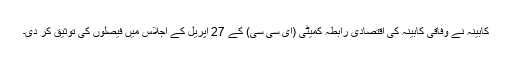
کابینہ نے وفاقی کابینہ کی اقتصادی رابطہ کمیٹی (ای سی سی) کے 27 اپریل کے اجلاس میں فیصلوں کی توثیق کر دی۔